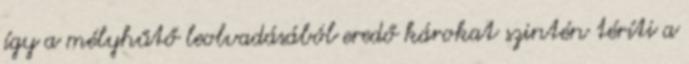
így a mélyhűtő leolvadásából eredő károkat szintén téríti a